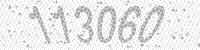
Solution: 113060